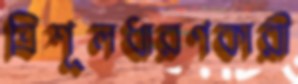
ত্রিশূলধারণকারী